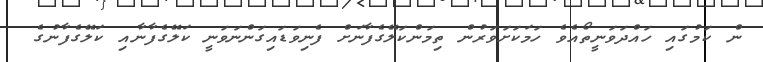
ން ކަމުގައި ހައްދަވަނީތޯއެވެެ ހަމަކަށަވަރުން ތިމަންކަލޭގެފާނަށް ފެނިވަޑައިގަންނަވަނީ ކަލޭގެފާނާއި ކަލޭގެފާނުގެ